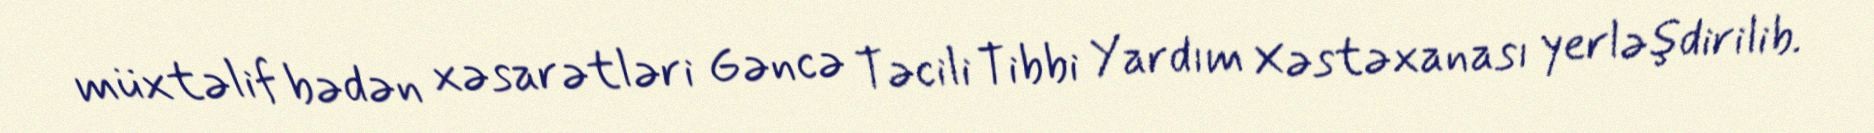
müxtəlif bədən xəsarətləri Gəncə Təcili Tibbi Yardım Xəstəxanası yerləşdirilib.